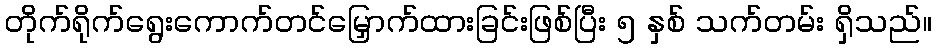
တိုက်ရိုက်ရွေးကောက်တင်မြှောက်ထားခြင်းဖြစ်ပြီး ၅ နှစ် သက်တမ်း ရှိသည်။